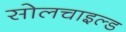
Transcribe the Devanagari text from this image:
सोलचाइल्ड